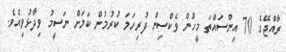
ރާއްޖޭގެ 70 އިންސައްތަ މީހުން ވެކްސިން ފުރިހަމަ ކުރުމުން ކަމަށް ނަސީމު ވިދާޅުވިއެވެ.